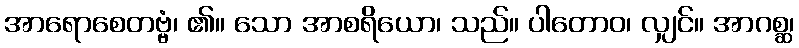
အာရောစေတဗ္ဗံ၊ ၏။ သော အာစရိယော၊ သည်။ ပါတောဝ၊ လျှင်။ အာဂစ္ဆ၊